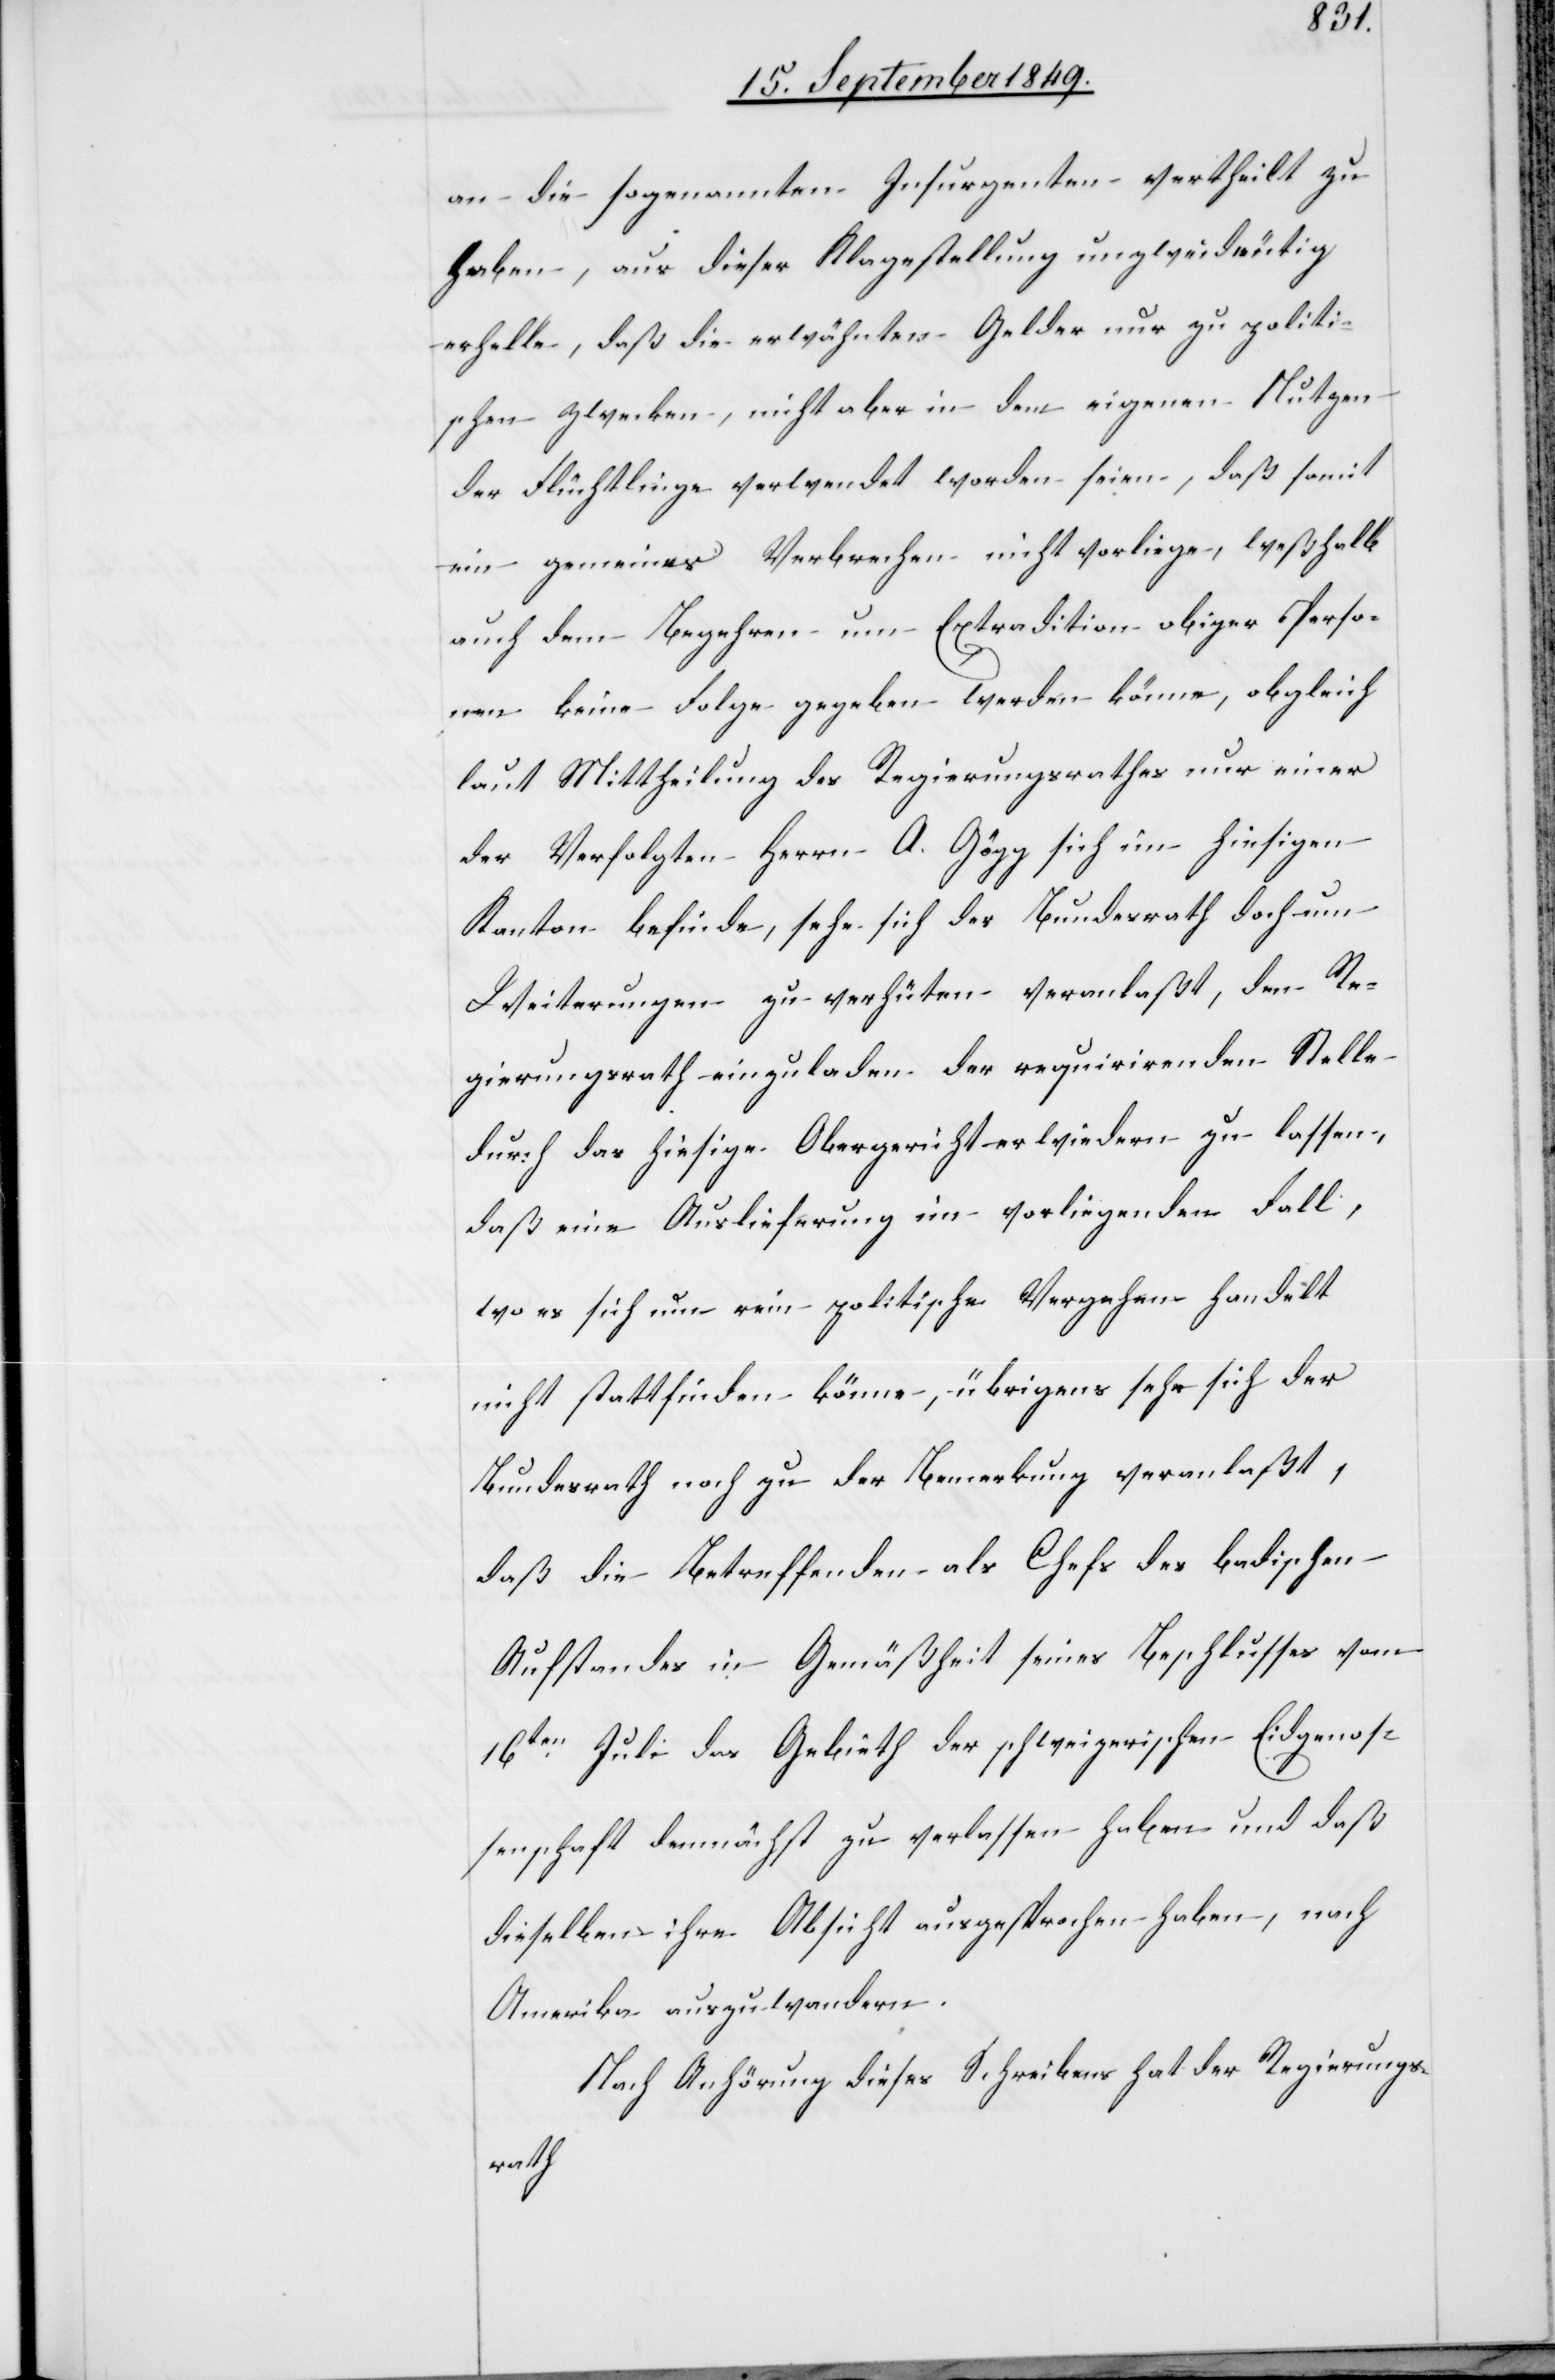
an die sogenannten Insurgenten vertheilt zu
haben, aus dieser Klagestellung unzweideutig
erhalte, daß die erwähnten Gelder nur zu politi¬
schen Zwecken, nicht aber in dem eigenen Nutzen
der Flüchtlinge verwendet worden seien, daß somit
ein gemeines Verbrechen nicht vorliege, weßhalb
auch dem Begehren um Extradition obiger Perso¬
nen keine Folge gegeben werden könne, obgleich
laut Mittheilung des Regierungsrathes nur einer
der Verfolgten Herrn A. Gögg sich im hiesigen
Kanton befinde, sehe sich der Bundesrath doch um
Weiterungen zu verhüten veranlaßt, den Re¬
gierungsrath einzuladen der requirirenden Stelle
durch das hiesige Obergericht erwiedern zu lassen,
daß eine Auslieferung im vorliegenden Fall,
wo es sich um rein politische Vergehen handelt
nicht stattfinden könne, übrigens sehe sich der
Bundesrath noch zu der Bemerkung veranlaßt,
daß die Betreffenden als Chefs des badischen
Aufstandes in Gemäßheit seines Beschlusses vom
16ten Juli das Gebieth der schweizerischen Eidgenos¬
senschaft demnächst zu verlassen haben und daß
dieselben ihre Absicht ausgesprochen haben, nach
Amerika auszuwandern.
Nach Anhörung dieses Schreibens hat der Regierungs¬
rath